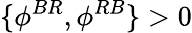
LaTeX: \{ \phi^{BR},\phi^{RB}\} >0